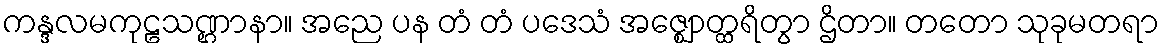
ကန္ဒလမကုဠသဏ္ဌာနာ။ အညေ ပန တံ တံ ပဒေသံ အဇ္ဈောတ္ထရိတွာ ဌိတာ။ တတော သုခုမတရာ